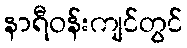
နာရီဝန်းကျင်တွင်